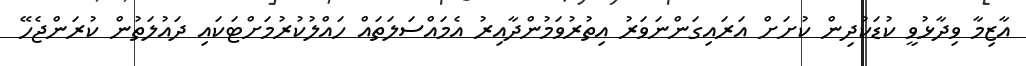
އާޒިމާ ވިދާޅުވީ ކުޑަކުދިން ކުށަށް އަރައިގަންނަވަރު އިތުރުވަމުންދާއިރު އެމައްސަލަތައް ހައްލުކުރުމަށްޓަކައި ދައުލަތުން ކުރަންޖެހޭ